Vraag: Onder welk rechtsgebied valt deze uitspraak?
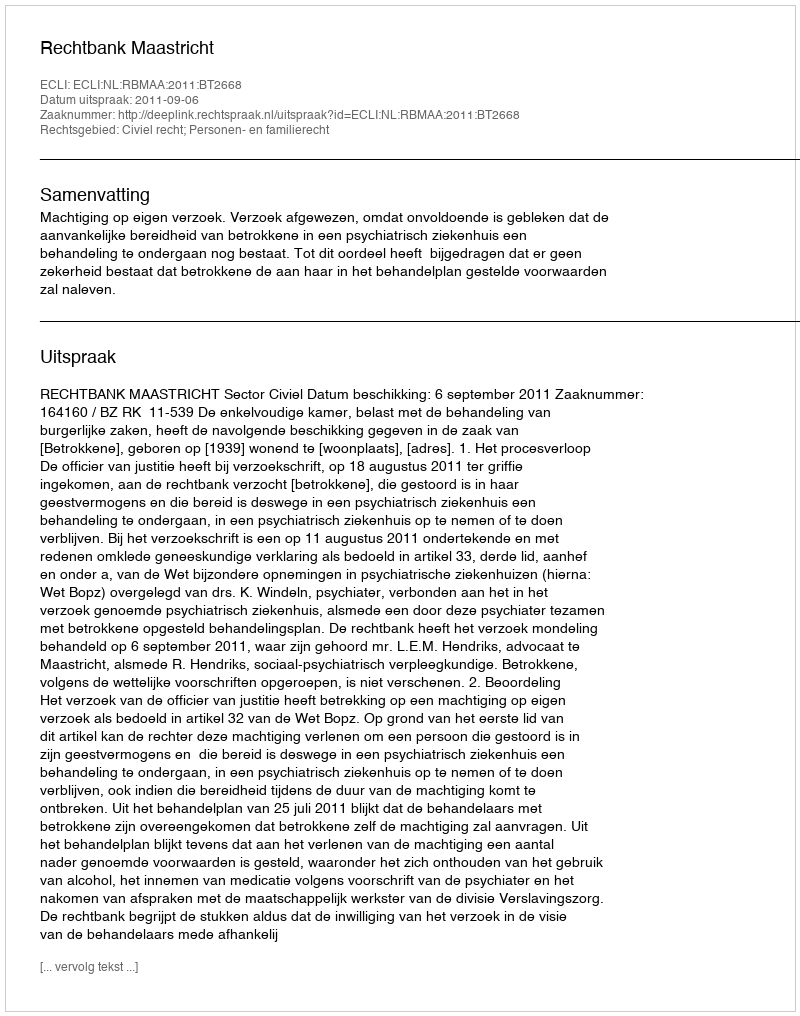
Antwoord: Civiel recht; Personen- en familierecht